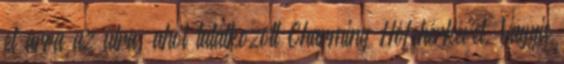
el arra az útra, ahol találkozott Charming Hófehérkével. Vagyis